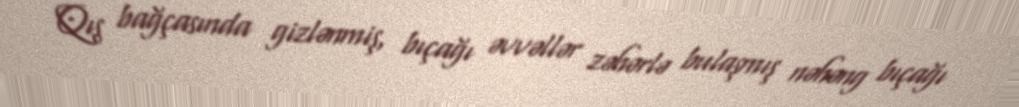
Qış bağçasında gizlənmiş, bıçağı əvvəllər zəhərlə bulaşmış nəhəng bıçağı